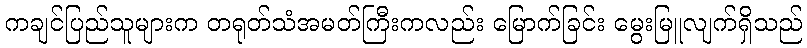
ကချင်ပြည်သူများက တရုတ်သံအမတ်ကြီးကလည်း မြောက်ခြင်း မွေးမြူလျက်ရှိသည်